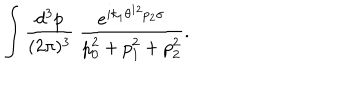
LaTeX: \int \frac { d ^ { 3 } p } { ( 2 \pi ) ^ { 3 } } ~ \frac { e ^ { i k _ { 1 } \theta ^ { 1 2 } p _ { 2 } \sigma } } { p _ { 0 } ^ { 2 } + p _ { 1 } ^ { 2 } + p _ { 2 } ^ { 2 } } .